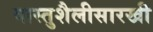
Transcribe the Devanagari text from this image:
वास्तुशैलीसारखी